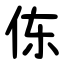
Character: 㑈